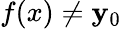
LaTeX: f(x)\neq\mathbf{y}_{0}